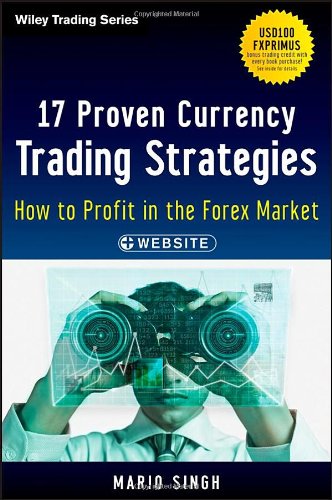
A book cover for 17 Proven Currency Trading Strategies, + Website: How to Profit in the Forex Market; Mario Singh; Business & Money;